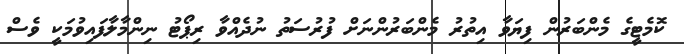
ކޮމެޓީގެ މެންބަރުން ފިޔަވާ އިތުރު މެންބަރުންނަށް ފުރުސަތު ނުދެއްވާ ރިޕޯޓު ނިންމާލާފައިވުމަކީ ވެސް